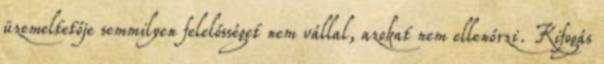
üzemeltetője semmilyen felelősséget nem vállal, azokat nem ellenőrzi. Kifogás